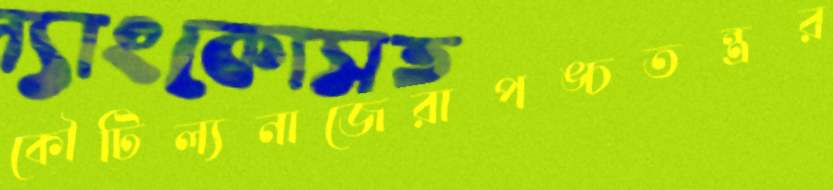
কৌটিল্যনাজেরাপঙ্চতন্ত্রর